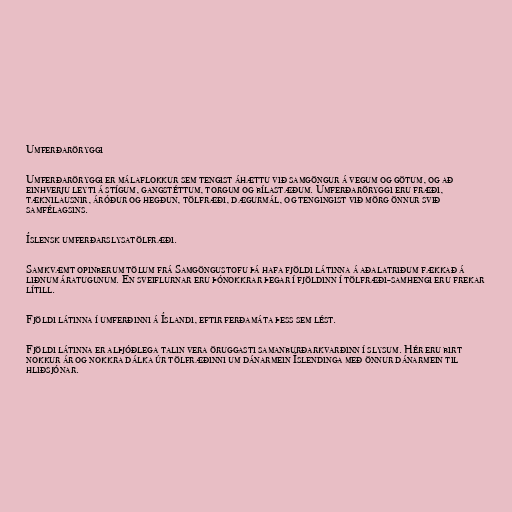
Umferðaröryggi

Umferðaröryggi er málaflokkur sem tengist áhættu við samgöngur á vegum og götum, og að
einhverju leyti á stígum, gangstéttum, torgum og bílastæðum. Umferðaröryggi eru fræði,
tæknilausnir, áróður og hegðun, tölfræði, dægurmál, og tengingist við mörg önnur svið
samfélagsins.

Íslensk umferðarslysatölfræði.

Samkvæmt opinberum tölum frá Samgöngustofu þá hafa fjöldi látinna á aðalatriðum fækkað á
liðnum áratugunum. En sveiflurnar eru þónokkrar þegar í fjöldinn í tölfræði-samhengi eru frekar
lítill.

Fjöldi látinna í umferðinni á Íslandi, eftir ferðamáta þess sem lést.

Fjöldi látinna er alþjóðlega talin vera öruggasti samanburðarkvarðinn í slysum. Hér eru birt
nokkur ár og nokkra dálka úr tölfræðinni um dánarmein Íslendinga með önnur dánarmein til
hliðsjónar.